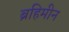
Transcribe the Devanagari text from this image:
ब्रहिमीन